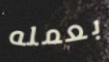
بعمله